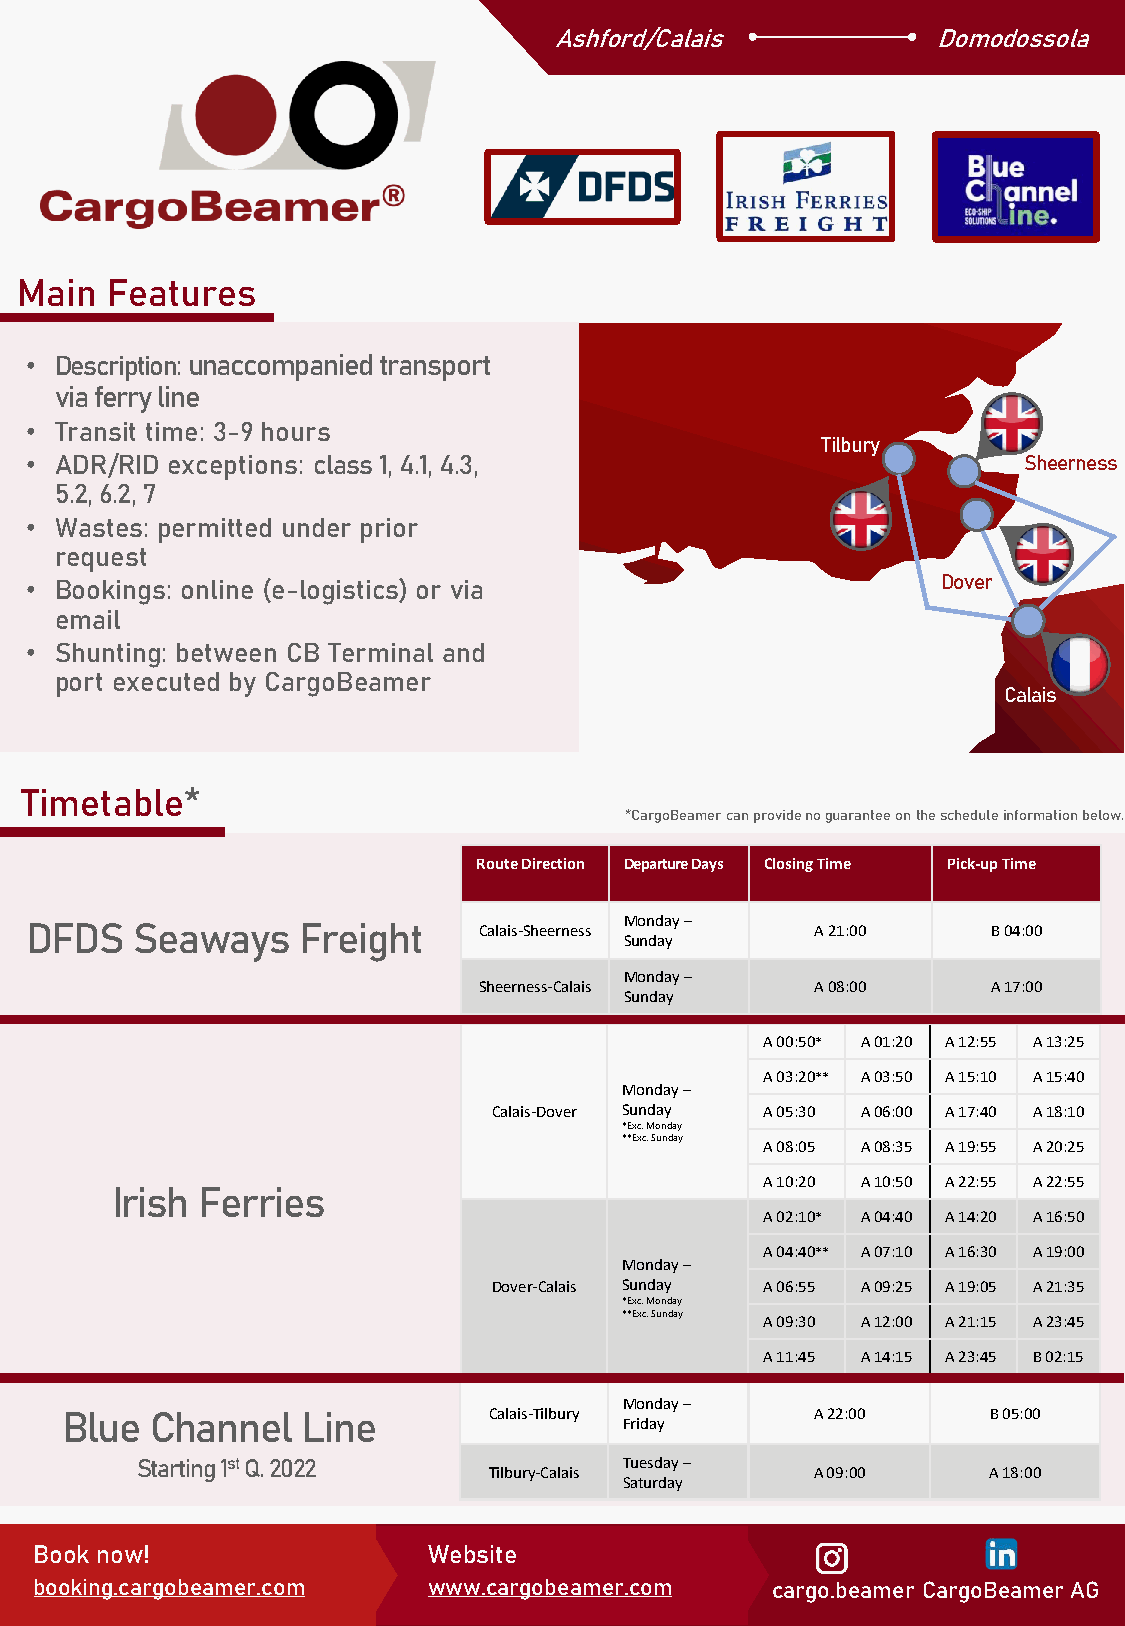
Ashford/Calais           Domodossola
 Main  Features
 • Description: unaccompanied transport
 via ferry line
 • Transit time: 3-9 hours
 Tilbury
 • ADR/RID exceptions: class 1, 4.1, 4.3,                          Sheerness
 5.2, 6.2, 7
 • Wastes: permitted under prior
 request
 • Bookings: online (e-logistics) or via                     Dover
 email
 • Shunting: between CB Terminal and
 port executed by CargoBeamer
 Calais
 Timetable*
 *CargoBeamer canprovidenoguaranteeon thescheduleinformationbelow.
 Route Direction Departure Days Closing Time Pick-up Time
 DFDS   Seaways    Freight     Calais-Sheerness Monday – A 21:00 B 04:00
 Sunday
 Monday –
 Sheerness-Calais      A 08:00     A 17:00
 Sunday
 A 00:50* A 01:20 A 12:55 A 13:25
 A 03:20** A 03:50 A 15:10 A 15:40
 Monday –
 Calais-Dover Sunday A 05:30 A 06:00 A 17:40 A 18:10
 *Exc. Monday
 **Exc. Sunday A 08:05 A 08:35 A 19:55 A 20:25
 A 10:20 A 10:50 A 22:55 A 22:55
 Irish Ferries
 A 02:10* A 04:40 A 14:20 A 16:50
 A 04:40** A 07:10 A 16:30 A 19:00
 Monday –
 Dover-Calais Sunday A 06:55 A 09:25 A 19:05 A 21:35
 *Exc. Monday
 **Exc. Sunday A 09:30 A 12:00 A 21:15 A 23:45
 A 11:45 A 14:15 A 23:45 B 02:15
 Monday –
 Blue  Channel   Line        Calais-Tilbury        A 22:00     B 05:00
 Friday
 Starting 1stQ. 2022             Tuesday –
 Tilbury-Calais        A 09:00     A 18:00
 Saturday
 Book now!                 Website
 booking.cargobeamer.com   www.cargobeamer.com    cargo.beamer CargoBeamer AG